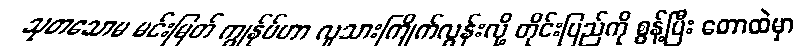
သုတသောမ မင်းမြတ် ကျွန်ုပ်ဟာ လူသားကြိုက်လွန်းလို့ တိုင်းပြည်ကို စွန့်ပြီး တောထဲမှာ